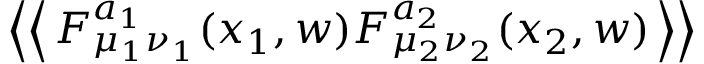
\left< \left< \, F _ { \mu _ { 1 } \nu _ { 1 } } ^ { a _ { 1 } } ( x _ { 1 } , w ) F _ { \mu _ { 2 } \nu _ { 2 } } ^ { a _ { 2 } } ( x _ { 2 } , w ) \, \right> \right>